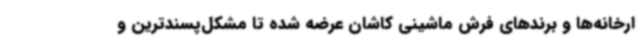
ارخانه‌ها و برندهای فرش ماشینی کاشان عرضه شده تا مشکل‌پسندترین و